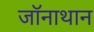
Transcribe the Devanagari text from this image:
जॉनाथान